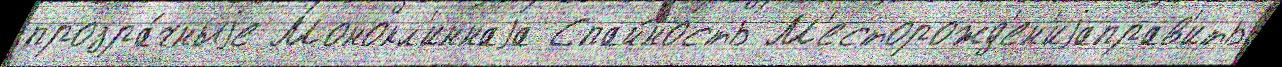
прозра́чныjе Монокл'иннаjа Спайность М'есторожд'ен'иjаправ'ить